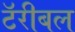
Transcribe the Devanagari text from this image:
टॅरीबल